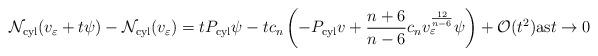
LaTeX: \begin{align*}\mathcal{N}_{\rm cyl}(v_{\varepsilon}+t\psi)-\mathcal{N}_{\rm cyl}(v_{\varepsilon})=tP_{\rm cyl}\psi-tc_n\left(-P_{\rm cyl}v+\frac{n+6}{n-6}c_nv_{\varepsilon}^{\frac{12}{n-6}}\psi\right)+\mathcal{O}(t^2) {\rm as} t\rightarrow 0\end{align*}